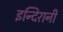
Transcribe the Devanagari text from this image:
इन्दिरानी